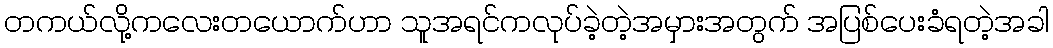
တကယ်လို့ကလေးတယောက်ဟာ သူအရင်ကလုပ်ခဲ့တဲ့အမှားအတွက် အပြစ်ပေးခံရတဲ့အခါ